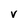
Character: v